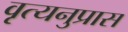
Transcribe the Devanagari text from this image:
वृत्यनुप्रास